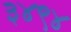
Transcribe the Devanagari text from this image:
३४९४